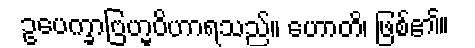
ဥပေက္ခာဗြဟ္မဝိဟာရသည်။ ဟောတိ၊ ဖြစ်၏။